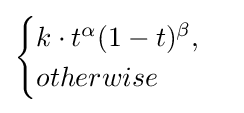
{\begin{cases}{k\cdot t^{\alpha }(1-t)^{\beta }},\\otherwise\end{cases}}